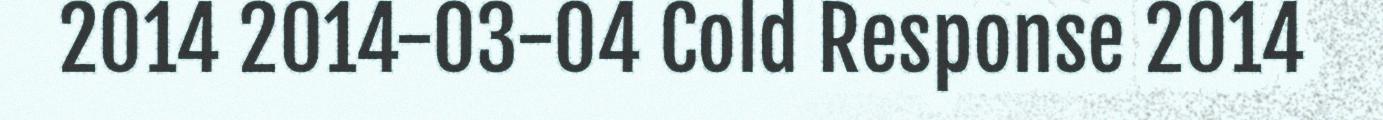
2014 2014-03-04 Cold Response 2014